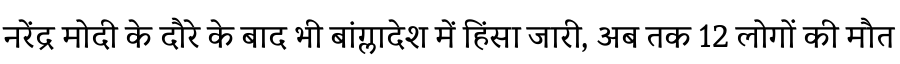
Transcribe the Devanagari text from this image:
नरेंद्र मोदी के दौरे के बाद भी बांग्लादेश में हिंसा जारी, अब तक 12 लोगों की मौत